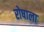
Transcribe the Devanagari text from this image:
रोषाला